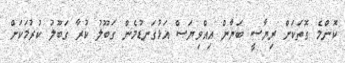
ކޮންމެ ގޮތަކަށް ރިޔާސީ ބަޔާން އިއްވިޔަސް އަޅުގަނޑުމެން ގަބޫލު ކުރާ ގަބޫލު ކުރުމަކަށް